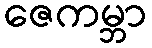
ဇေကမ္ဘာ